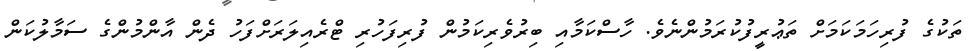
ތަކުގެ ފުރިހަމަކަމަށް ތަޢުރީފުކުރަމުންނެވެ. ހާސްކަމާއި ބިރުވެރިކަމުން ފުރިފަހުރި ޓްރެއިލަރަށްފަހު ދެންް އާންމުންގެ ސަމާލުކަން